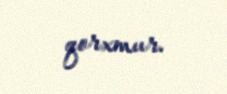
qorxmur.